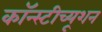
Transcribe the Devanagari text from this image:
कॉन्स्टीच्यूशन